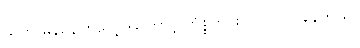
သူက မန်နေဂျာပေါ့။ဒါကြောင့် ကိစ္စတိုင်းလိုလိုဝင်ပါနေတယ်။